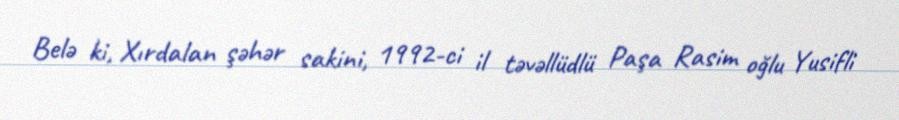
Belə ki, Xırdalan şəhər sakini, 1992-ci il təvəllüdlü Paşa Rasim oğlu Yusifli